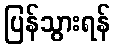
ပြန်သွားရန်